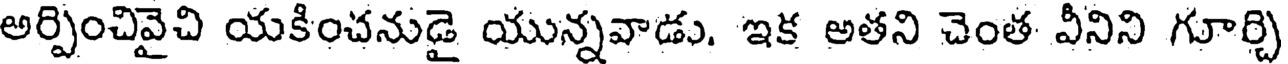
అర్పించివైచి యకించనుడై యున్నవాడు. ఇక అతని చెంత వీనిని గూర్చి